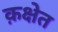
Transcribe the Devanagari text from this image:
क़क्षेत